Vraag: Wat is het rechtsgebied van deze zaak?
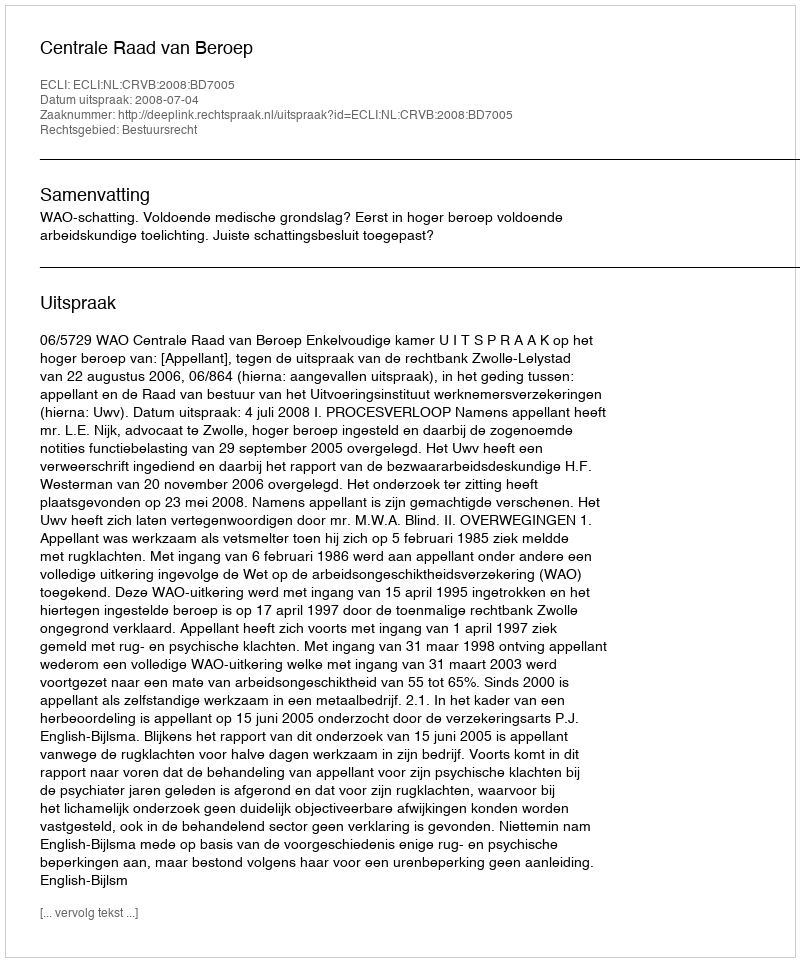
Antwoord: Bestuursrecht